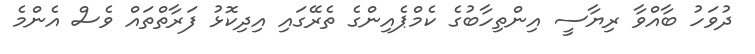
ދުވަހު ބާއްވާ ރިޔާސީ އިންތިހާބުގެ ކެމްޕެއިންގެ ތެރޭގައި އިދިކޮޅު ފަރާތްތައް ވެސް އެންމެ